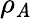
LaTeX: \rho_{\mathit{A}}